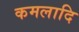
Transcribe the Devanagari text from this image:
कमलादि